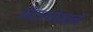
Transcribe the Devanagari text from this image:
बौद्धघोसाने